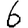
Digit: 6